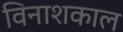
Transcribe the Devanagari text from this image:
विनाशकाल